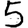
Digit: 5